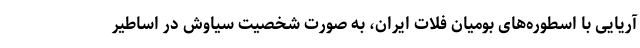
آریایی با اسطوره‌های بومیان فلات ایران، به صورت شخصیت سیاوش در اساطیر